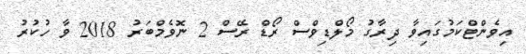
އިވެންޓްކަމުގައިވާ ދިރާގު މޯލްޑިވްސް ރޯޑް ރޭސް 2 ނޮވެމްބަރު 2018 ވާ ހުކުރު